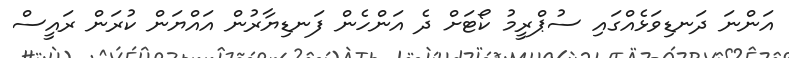
އަންނަ ދަނޑިވަޅެއްގައި ސުޕްރީމު ކޯޓަށް ދެ އަންހެން ފަނޑިޔާރުން އައްޔަން ކުރަން ރައީސް